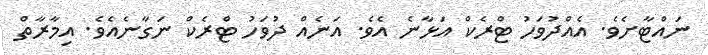
ނައްޓާށެވެ. އެއްދުވަހު ޓްރެކް އަޅާނެ އެވެ. އަނެއް ދުވަހު ޓްރެކް ނަގާނެއެވެ. އިމާރާތް